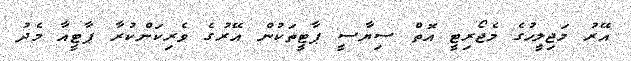
އޭރު މަޖިލީހުގެ މެޖޯރިޓީ އޮތް ސިޔާސީ ޕާޓީތަކުން އޭރުގެ ވެރިކަންކުރާ ޕާޓީއާ މެދު